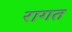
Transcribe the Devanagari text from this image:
रागत